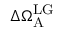
\Delta \Omega _ { \mathrm { A } } ^ { \mathrm { L G } }